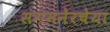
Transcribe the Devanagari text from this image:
संगमनेरचेया